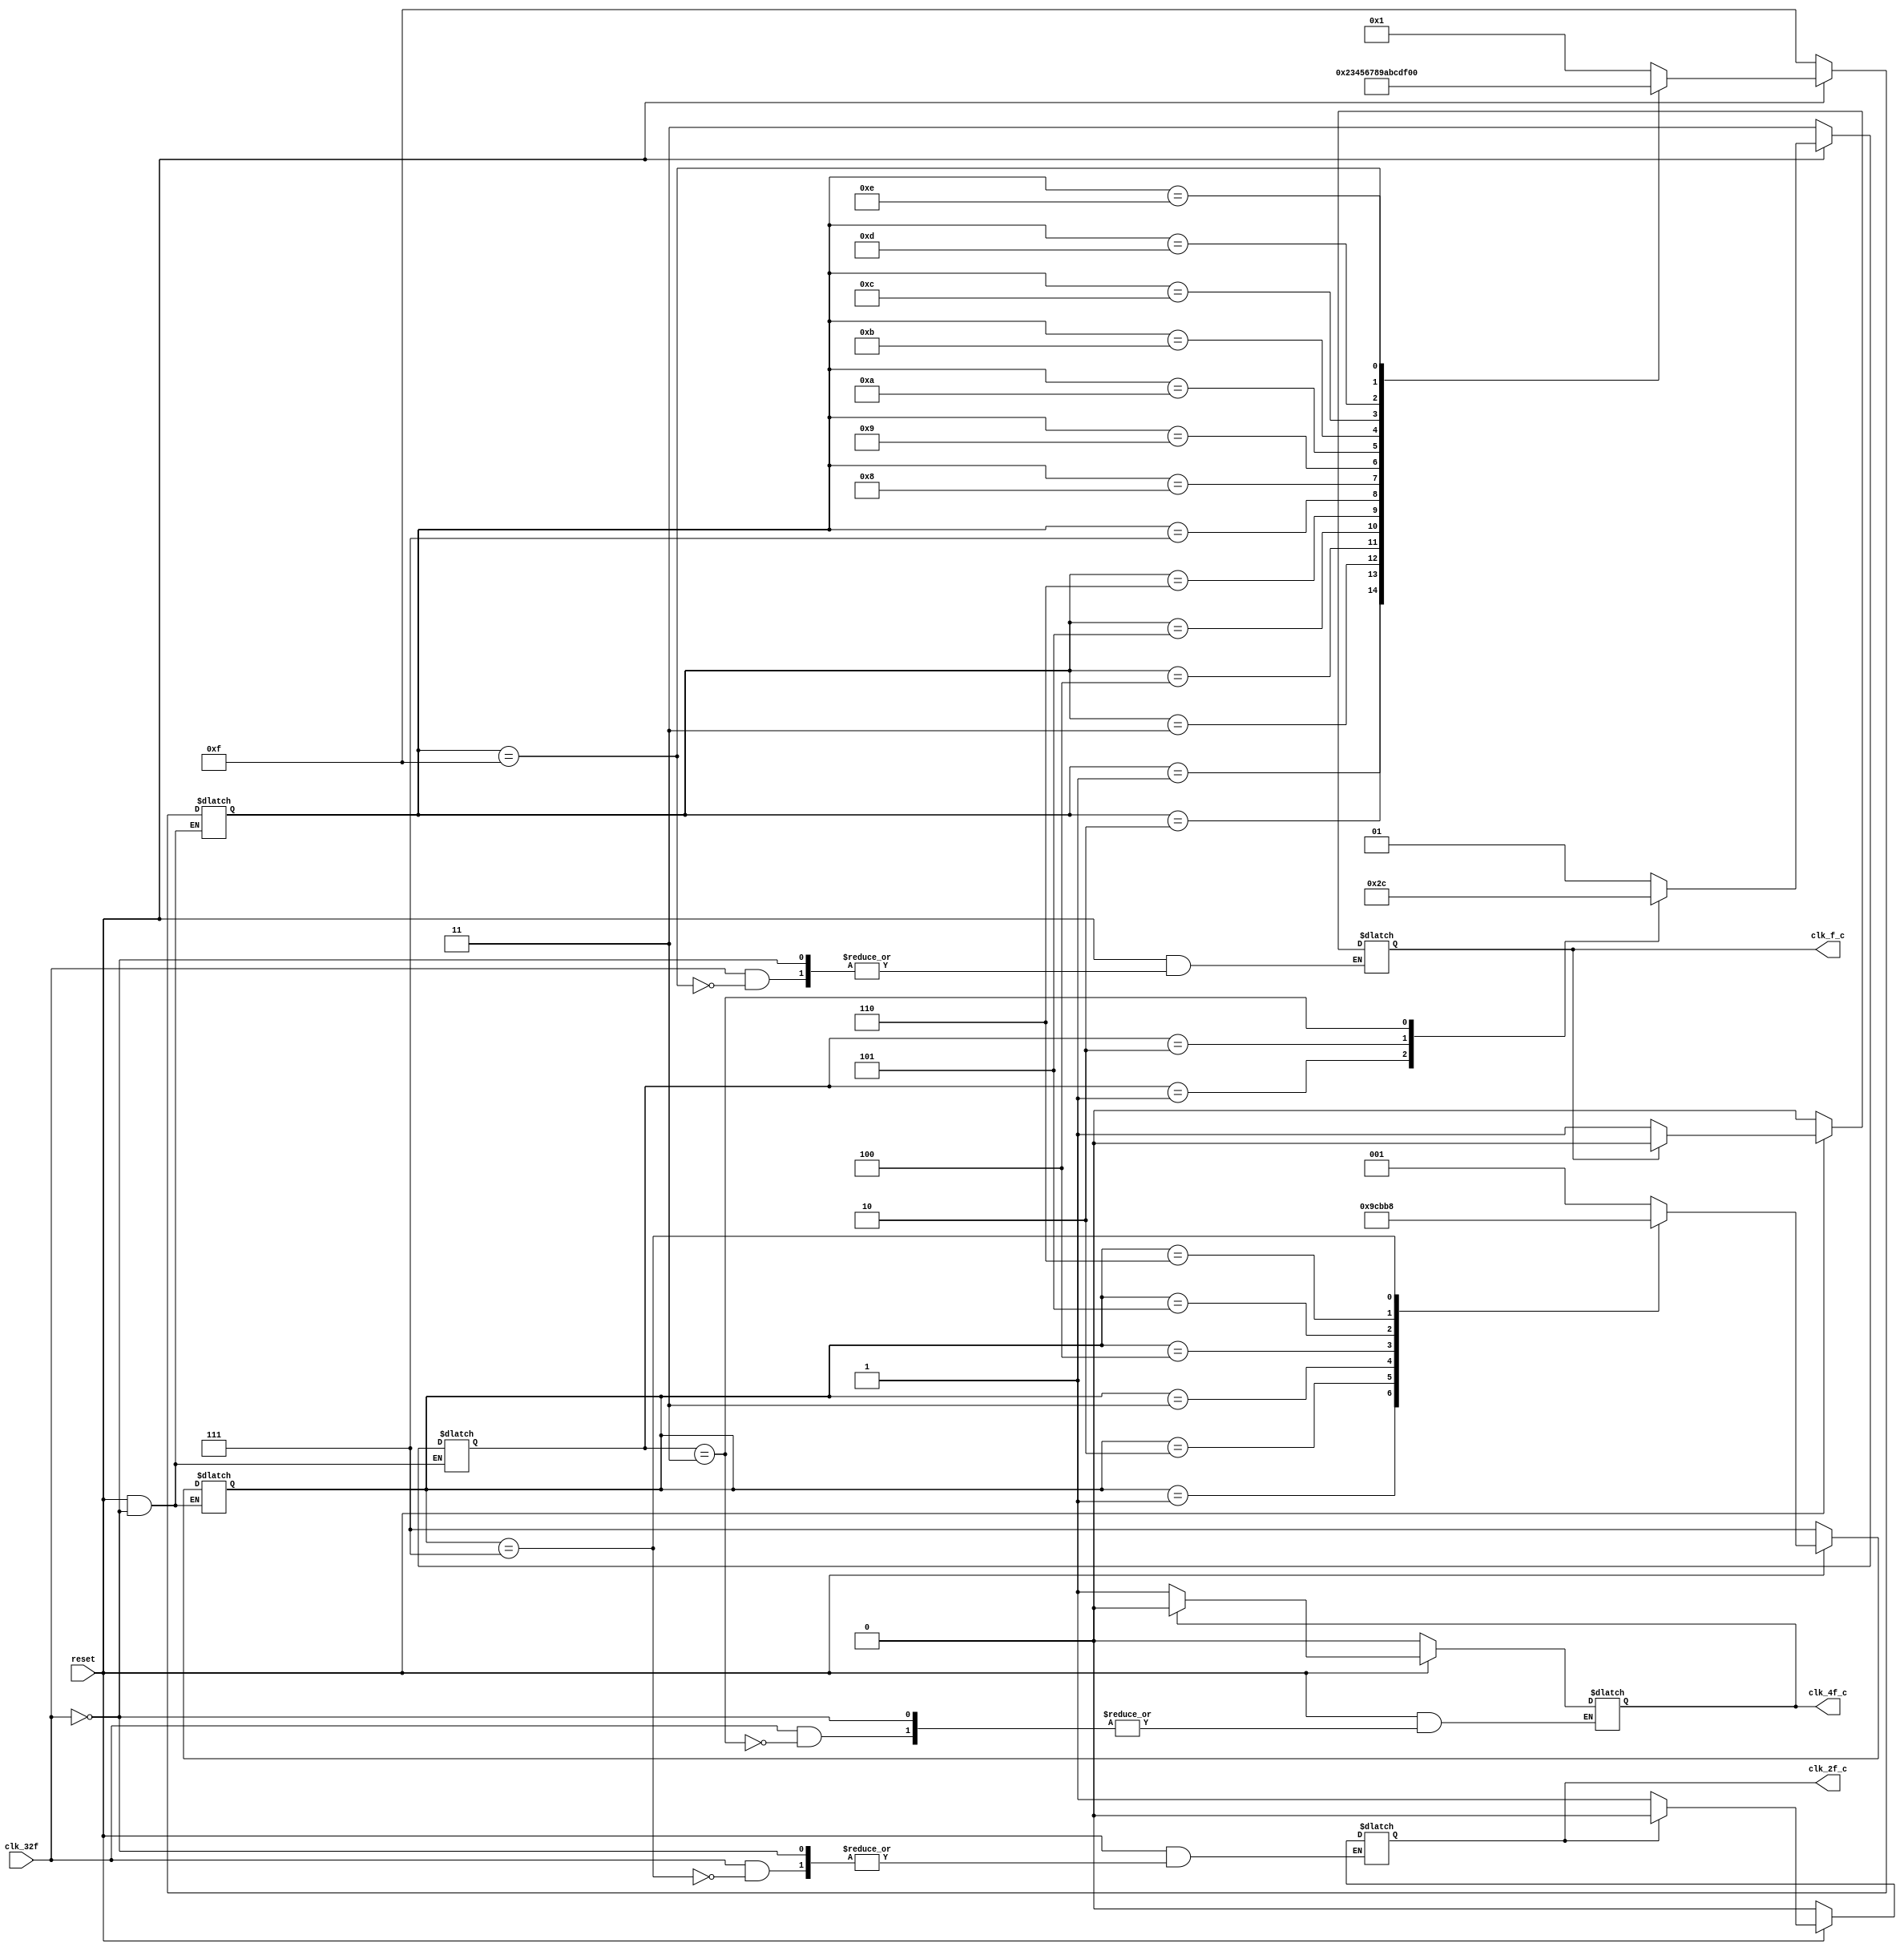
module clk_generator_c (
	input clk_32f,
	input reset,
	output reg clk_4f_c,
	output reg clk_2f_c,
	output reg clk_f_c
);
	reg [1:0] conteo_4;
	reg [2:0] conteo_2;
	reg [3:0] conteo;

	always @(*) begin
		if(reset == 0) begin
			conteo_4 <= 'b11;
			conteo_2 <= 'b111;
			conteo <= 'b1111;
			clk_4f_c <= 0;
			clk_2f_c <= 0;
			clk_f_c <= 0;
		end
		else if (clk_32f == 1) begin
			case (conteo_4)
				2'b00: conteo_4 <= 2'b01;
				2'b01: conteo_4 <= 2'b10;
				2'b10: conteo_4 <= 2'b11;
				2'b11:
				begin
					conteo_4 <= 2'b00;
					case (clk_4f_c)
						1'b0: clk_4f_c <= 1;
						1'b1: clk_4f_c <= 0;
					endcase
				end 
			endcase
			case (conteo_2)
				3'b000: conteo_2 <= 3'b001;
				3'b001: conteo_2 <= 3'b010;
				3'b010: conteo_2 <= 3'b011;
				3'b011: conteo_2 <= 3'b100;
				3'b100: conteo_2 <= 3'b101;
				3'b101: conteo_2 <= 3'b110;
				3'b110: conteo_2 <= 3'b111;
				3'b111:
				begin
					conteo_2 <= 3'b000;
					case (clk_2f_c)
						1'b0: clk_2f_c <= 1;
						1'b1: clk_2f_c <= 0;
					endcase
				end 
			endcase
			case (conteo)
				4'b0000: conteo <= 4'b0001;
				4'b0001: conteo <= 4'b0010;
				4'b0010: conteo <= 4'b0011;
				4'b0011: conteo <= 4'b0100;
				4'b0100: conteo <= 4'b0101;
				4'b0101: conteo <= 4'b0110;
				4'b0110: conteo <= 4'b0111;
				4'b0111: conteo <= 4'b1000;
				4'b1000: conteo <= 4'b1001;
				4'b1001: conteo <= 4'b1010;
				4'b1010: conteo <= 4'b1011;
				4'b1011: conteo <= 4'b1100;
				4'b1100: conteo <= 4'b1101;
				4'b1101: conteo <= 4'b1110;
				4'b1110: conteo <= 4'b1111;
				4'b1111:
				begin
					conteo <= 4'b0000;
					case (clk_f_c)
						1'b0: clk_f_c <= 1;
						1'b1: clk_f_c <= 0;
					endcase
				end 
			endcase
		end
	end
endmodule